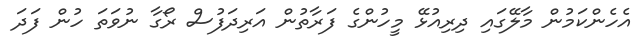
އެހެންކަމުން މާލޭގައި ދިރިއުޅޭ މީހުންގެ ފަރާތުން އަރިދަފުސް ރޯގާ ނުވަތަ ހުން ފަދަ